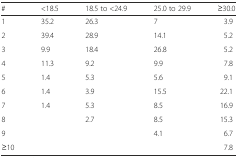
<table><thead><tr><td><b>#</b></td><td><b>&lt;18.5</b></td><td><b>18.5 to &lt;24.9</b></td><td><b>25.0 to 29.9</b></td><td><b>≥30.0</b></td></tr></thead><tbody><tr><td>1</td><td>35.2</td><td>26.3</td><td>7</td><td>3.9</td></tr><tr><td>2</td><td>39.4</td><td>28.9</td><td>14.1</td><td>5.2</td></tr><tr><td>3</td><td>9.9</td><td>18.4</td><td>26.8</td><td>5.2</td></tr><tr><td>4</td><td>11.3</td><td>9.2</td><td>9.9</td><td>7.8</td></tr><tr><td>5</td><td>1.4</td><td>5.3</td><td>5.6</td><td>9.1</td></tr><tr><td>6</td><td>1.4</td><td>3.9</td><td>15.5</td><td>22.1</td></tr><tr><td>7</td><td>1.4</td><td>5.3</td><td>8.5</td><td>16.9</td></tr><tr><td>8</td><td></td><td>2.7</td><td>8.5</td><td>15.3</td></tr><tr><td>9</td><td></td><td></td><td>4.1</td><td>6.7</td></tr><tr><td>≥10</td><td></td><td></td><td></td><td>7.8</td></tr></tbody></table>